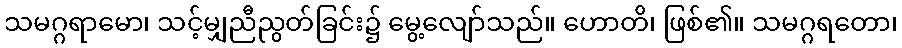
သမဂ္ဂရာမော၊ သင့်မျှညီညွတ်ခြင်း၌ မွေ့လျော်သည်။ ဟောတိ၊ ဖြစ်၏။ သမဂ္ဂရတော၊